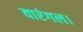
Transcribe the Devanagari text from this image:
वारंगल।